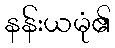
နန်းယမုံ၏